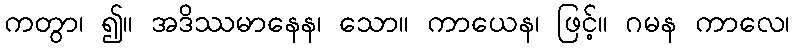
ကတွာ၊ ၍။ အဒိဿမာနေန၊ သော။ ကာယေန၊ ဖြင့်။ ဂမန ကာလေ၊